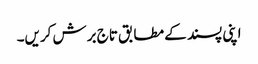
اپنی پسند کے مطابق تاج برش کریں۔